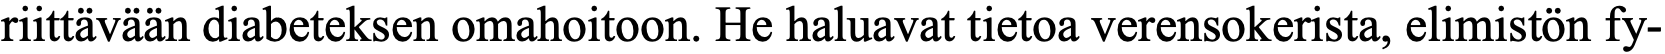
riittävään diabeteksen omahoitoon. He haluavat tietoa verensokerista, elimistön fy-